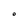
Character: O